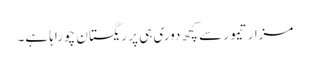
مزار تیمور سے کچھ دوری ہی پر ریگستان چوراہا ہے۔